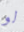
لو